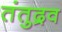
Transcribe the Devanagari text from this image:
तंतुद्रव